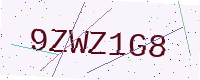
Text: 9ZWZ1G8